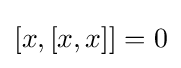
[x,[x,x]]=0